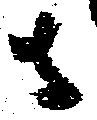
者